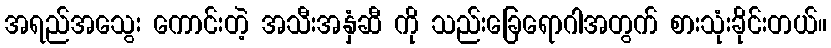
အရည်အသွေး ကောင်းတဲ့ အသီးအနှံဆီ ကို သည်းခြေရောဂါအတွက် စားသုံးခိုင်းတယ်။